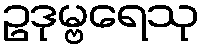
ဥဒုမ္ဗရေသု